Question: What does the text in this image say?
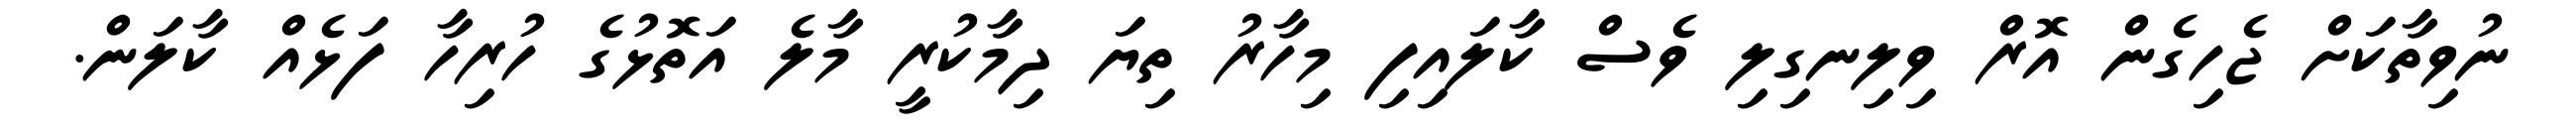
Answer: ނުވިތާކަށް ޖެހިގެން އޮރް ވިލިނގިލި ވެސް ކާލައިފި މިހާރު ތިޔަ ދިމާކުރީ މާލެ އަތޮޅުގެ ހުރިހާ ފަޅެއް ކާލަން.